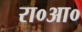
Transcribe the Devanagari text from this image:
रा०आ०